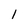
Character: 1